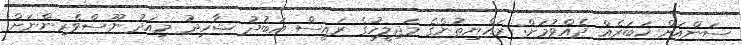
ސަންއަށް ޚަބަރެއް ދެއްވުމަށް: ރައްޔިތުންގެ މަޖިލީހުގެ ރައީސް އަބުދު ޝާހިދު މިއަދު ނޫސްވެރިންނަށް